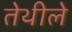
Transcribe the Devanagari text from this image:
तेथीले